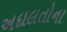
અદાલતોના